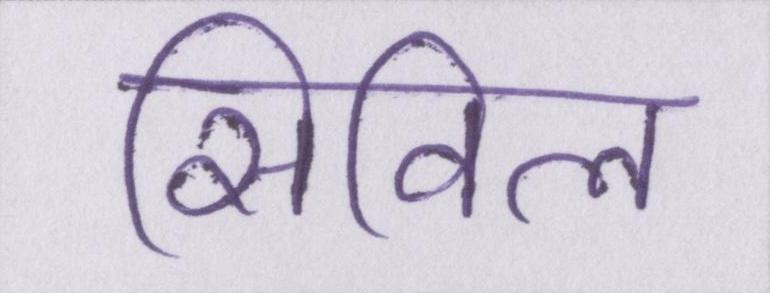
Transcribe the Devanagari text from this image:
सिविल